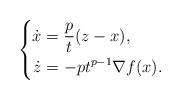
LaTeX: \begin{align*} \left\{ \begin{aligned} \dot{x} &= \frac{p}{t} (z - x),\\ \dot{z} &= -pt^{p-1} \nabla f(x). \end{aligned} \right. \end{align*}